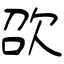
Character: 欩